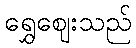
ရွှေဈေးသည်